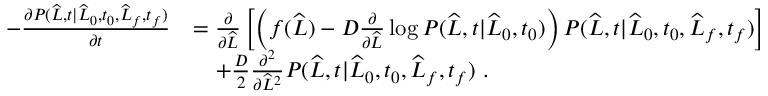
\begin{array} { r l } { - \frac { \partial P ( \widehat { L } , t | \widehat { L } _ { 0 } , t _ { 0 } , \widehat { L } _ { f } , t _ { f } ) } { \partial t } } & { = \frac { \partial } { \partial \widehat { L } } \left[ \left( f ( \widehat { L } ) - D \frac { \partial } { \partial \widehat { L } } \log P ( \widehat { L } , t | \widehat { L } _ { 0 } , t _ { 0 } ) \right) P ( \widehat { L } , t | \widehat { L } _ { 0 } , t _ { 0 } , \widehat { L } _ { f } , t _ { f } ) \right] } \\ & { \ \ \ + \frac { D } { 2 } \frac { \partial ^ { 2 } } { \partial \widehat { L } ^ { 2 } } P ( \widehat { L } , t | \widehat { L } _ { 0 } , t _ { 0 } , \widehat { L } _ { f } , t _ { f } ) \ . } \end{array}